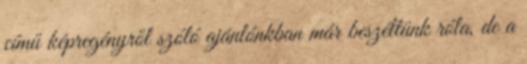
című képregényről szóló ajánlónkban már beszéltünk róla, de a